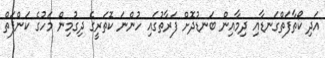
އަދި ކޯތާފަތްގަނޑާއި ދިމާއިން ބަނޑުދޮށް ފަރާތުގައި ހުންނަ ކޮތަރީގެ ދިގުމިން މަހުގެ ކަންފަތް